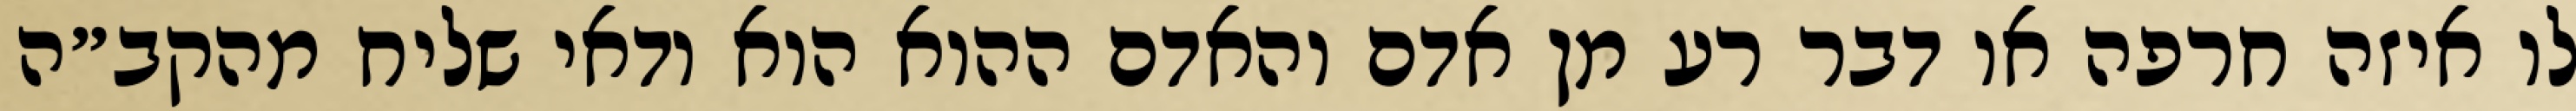
לו איזה חרפה או דבר רע מן אדם והאדם ההוא הוא ודאי שליח מהקב״ה